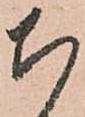
ち